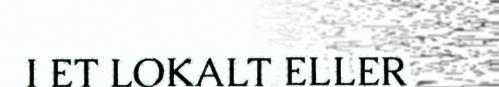
I ET LOKALT ELLER